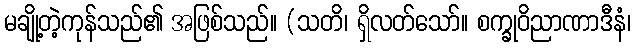
မချို့တဲ့ကုန်သည်၏ အဖြစ်သည်။ (သတိ၊ ရှိလတ်သော်။ စက္ခုဝိညာဏာဒီနံ၊